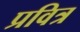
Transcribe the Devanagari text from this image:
प्रवित्र